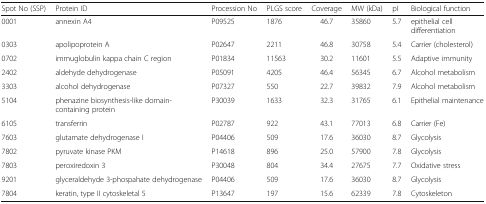
<table><thead><tr><td><b>Spot No (SSP)</b></td><td><b>Protein ID</b></td><td><b>Procession No</b></td><td><b>PLGS score</b></td><td><b>Coverage</b></td><td><b>MW (kDa)</b></td><td><b>pI</b></td><td><b>Biological function</b></td></tr></thead><tbody><tr><td>0001</td><td>annexin A4</td><td>P09525</td><td>1876</td><td>46.7</td><td>35860</td><td>5.7</td><td>epithelial cell differentiation</td></tr><tr><td>0303</td><td>apolipoprotein A</td><td>P02647</td><td>2211</td><td>46.8</td><td>30758</td><td>5.4</td><td>Carrier (cholesterol)</td></tr><tr><td>0702</td><td>immuglobulin kappa chain C region</td><td>P01834</td><td>11563</td><td>30.2</td><td>11601</td><td>5.5</td><td>Adaptive immunity</td></tr><tr><td>2402</td><td>aldehyde dehydrogenase</td><td>P05091</td><td>4205</td><td>46.4</td><td>56345</td><td>6.7</td><td>Alcohol metabolism</td></tr><tr><td>3303</td><td>alcohol dehydrogenase</td><td>P07327</td><td>550</td><td>22.7</td><td>39832</td><td>7.9</td><td>Alcohol metabolism</td></tr><tr><td>5104</td><td>phenazine biosynthesis-like domain-containing protein</td><td>P30039</td><td>1633</td><td>32.3</td><td>31765</td><td>6.1</td><td>Epithelial maintenance</td></tr><tr><td>6105</td><td>transferrin</td><td>P02787</td><td>922</td><td>43.1</td><td>77013</td><td>6.8</td><td>Carrier (Fe)</td></tr><tr><td>7603</td><td>glutamate dehydrogenase I</td><td>P04406</td><td>509</td><td>17.6</td><td>36030</td><td>8.7</td><td>Glycolysis</td></tr><tr><td>7802</td><td>pyruvate kinase PKM</td><td>P14618</td><td>896</td><td>25.0</td><td>57900</td><td>7.8</td><td>Glycolysis</td></tr><tr><td>7803</td><td>peroxiredoxin 3</td><td>P30048</td><td>804</td><td>34.4</td><td>27675</td><td>7.7</td><td>Oxidative stress</td></tr><tr><td>9201</td><td>glyceraldehyde 3-phospahate dehydrogenase</td><td>P04406</td><td>509</td><td>17.6</td><td>36030</td><td>8.7</td><td>Glycolysis</td></tr><tr><td>7804</td><td>keratin, type II cytoskeletal 5</td><td>P13647</td><td>197</td><td>15.6</td><td>62339</td><td>7.8</td><td>Cytoskeleton</td></tr></tbody></table>